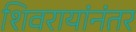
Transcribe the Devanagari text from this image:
शिवरायांनंतर